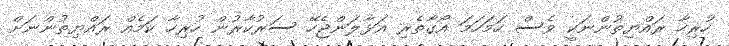
ހުރިހާ ރައްޔިތުންނަކީ ވެސް ހަމަހަމަ އޯގާތެރި އަޅާލަންޖެހޭ ސަރުކާރުން ހުރިހާ ކަމެއް ރައްޔިތުންނަށް